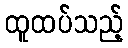
ထူထပ်သည့်